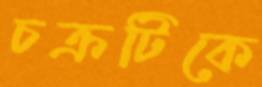
চক্রটিকে